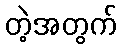
တဲ့အတွက်